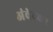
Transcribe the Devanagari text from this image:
अंवेदकर